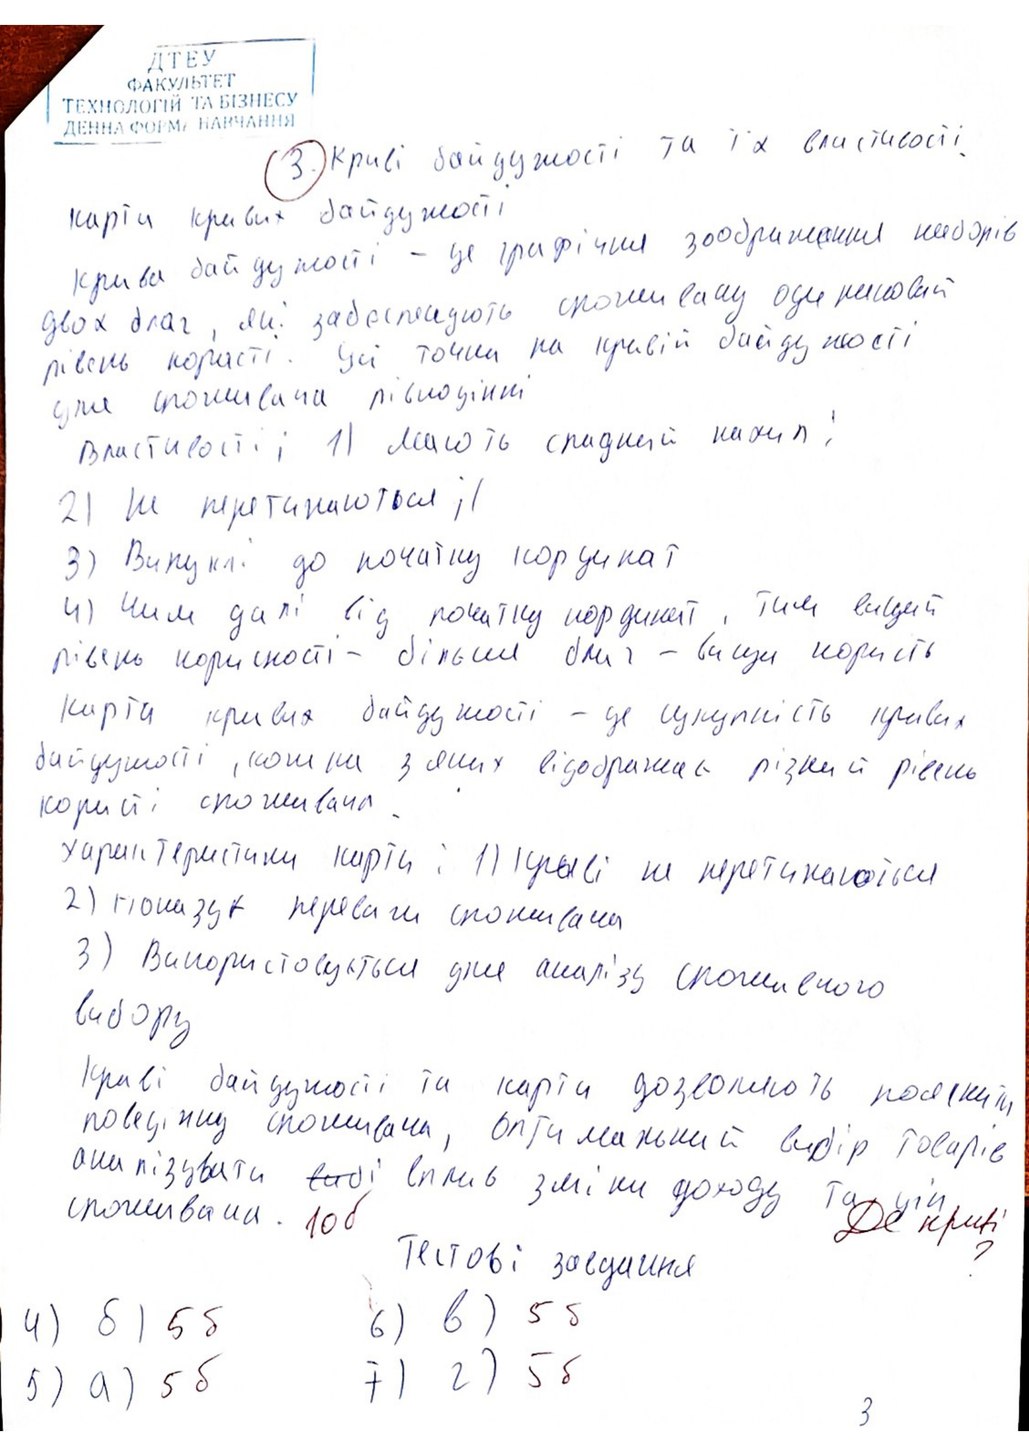
3. Криві байдужості та їх властивості.
карти кривих байдужості
Криви байдужості - це графічне зображення ниборі
двох благ, які забезпечують споживачу однаковий
двох благ, які забезпечують рівень користі. Усі точки на кривій байдужості
для споживача рівноцінні
для [illegible] та [illegible] Властивості: 1) мають спадний нахил;
2) не перетинаються ;)
3) Випуклі до початку координат
4) Чим далі від початку координат, тим вищий
рівень корисності - більший благ - вища користь
Карта кривих байдужості - це сукупність кривих
байдужості, кожна з яких відображає різний рівень
користі споживача
Характеристики карти: 1) криві не перетинаються
2) показує переваги споживача
3) Використовується для аналізу споживчого
вибору
Криві байдужості та карти дозволяють пояснити поведінку споживача
поведінку споживача, оптимальний вибір товарів
аналізувати тоді вплив зміни доходу та цін споживача на
споживача. 10 б
Де криві?
Тестові завдання
6) в) 5 б
4) δ ) 5δ
7) г) 5 б
5) a) 5δ
3